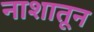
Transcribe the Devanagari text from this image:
नाशातून